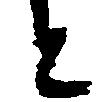
と